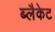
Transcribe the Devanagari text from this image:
ब्लैकेट